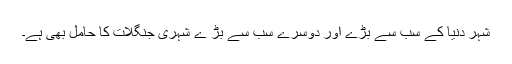
شہر دنیا کے سب سے بڑے اور دوسرے سب سے بڑ ے شہری جنگلات کا حامل بھی ہے۔